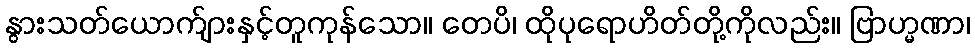
နွားသတ်ယောက်ျားနှင့်တူကုန်သော။ တေပိ၊ ထိုပုရောဟိတ်တို့ကိုလည်း။ ဗြာဟ္မဏာ၊